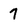
Character: 7